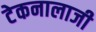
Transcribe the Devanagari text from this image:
टेकनालाजी